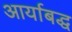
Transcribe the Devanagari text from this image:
आर्याबद्ध